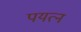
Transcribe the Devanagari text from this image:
पयत्न